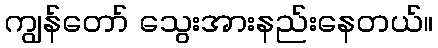
ကျွန်တော် သွေးအားနည်းနေတယ်။